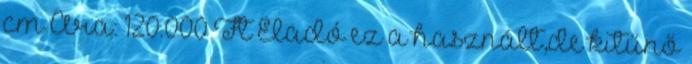
cm Ára: 120.000 Ft Eladó ez a használt,de kitűnő